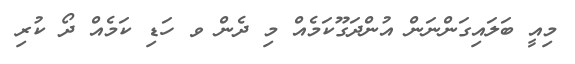
މިއީ ބަލައިގަންނަން އުންދަގޫކަމެއް މި ދެން ވ ހަޑި ކަމެއް ދޯ ކުރި